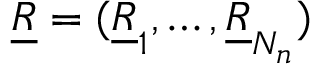
\underline { { R } } = ( \underline { { R } } _ { 1 } , \dots , \underline { { R } } _ { N _ { n } } )